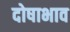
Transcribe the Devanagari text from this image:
दोषाभाव